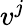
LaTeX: v^{j}